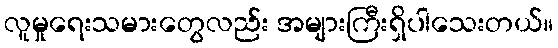
လူမှုရေးသမားတွေလည်း အများကြီးရှိပါသေးတယ်။